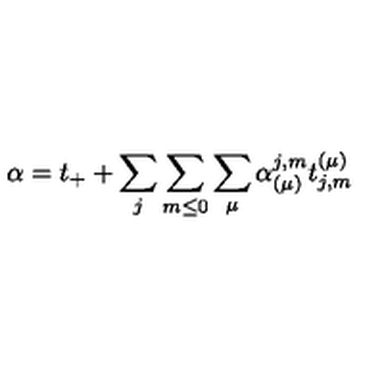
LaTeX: \alpha = t _ { + } + \sum _ { j } \sum _ { m \leq 0 } \sum _ { \mu } \alpha _ { ( \mu ) } ^ { j , m } t _ { j , m } ^ { ( \mu ) }